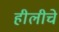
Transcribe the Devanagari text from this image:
हीलीचे